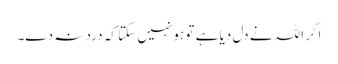
اگر اللہ نے دل دیا ہے تو ہو نہیں سکتا کہ درد نہ دے۔